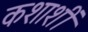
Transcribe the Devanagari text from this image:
कशाशीं